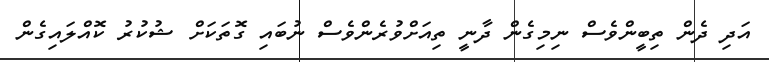
އަދި ދެން ތިބީންވެސް ނިމިގެން ދާނީ ތިއަށްވުރެންވެސް ނުބައި ގޮތަކަށް ޝުކުރު ކޮއްލައިގެން